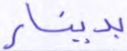
بدينار